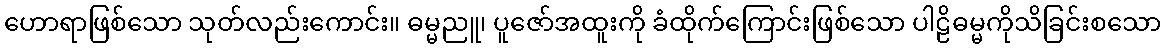
ဟောရာဖြစ်သော သုတ်လည်းကောင်း။ ဓမ္မညူ၊ ပူဇော်အထူးကို ခံထိုက်ကြောင်းဖြစ်သော ပါဠိဓမ္မကိုသိခြင်းစသော